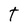
Character: T